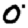
Digit: 0